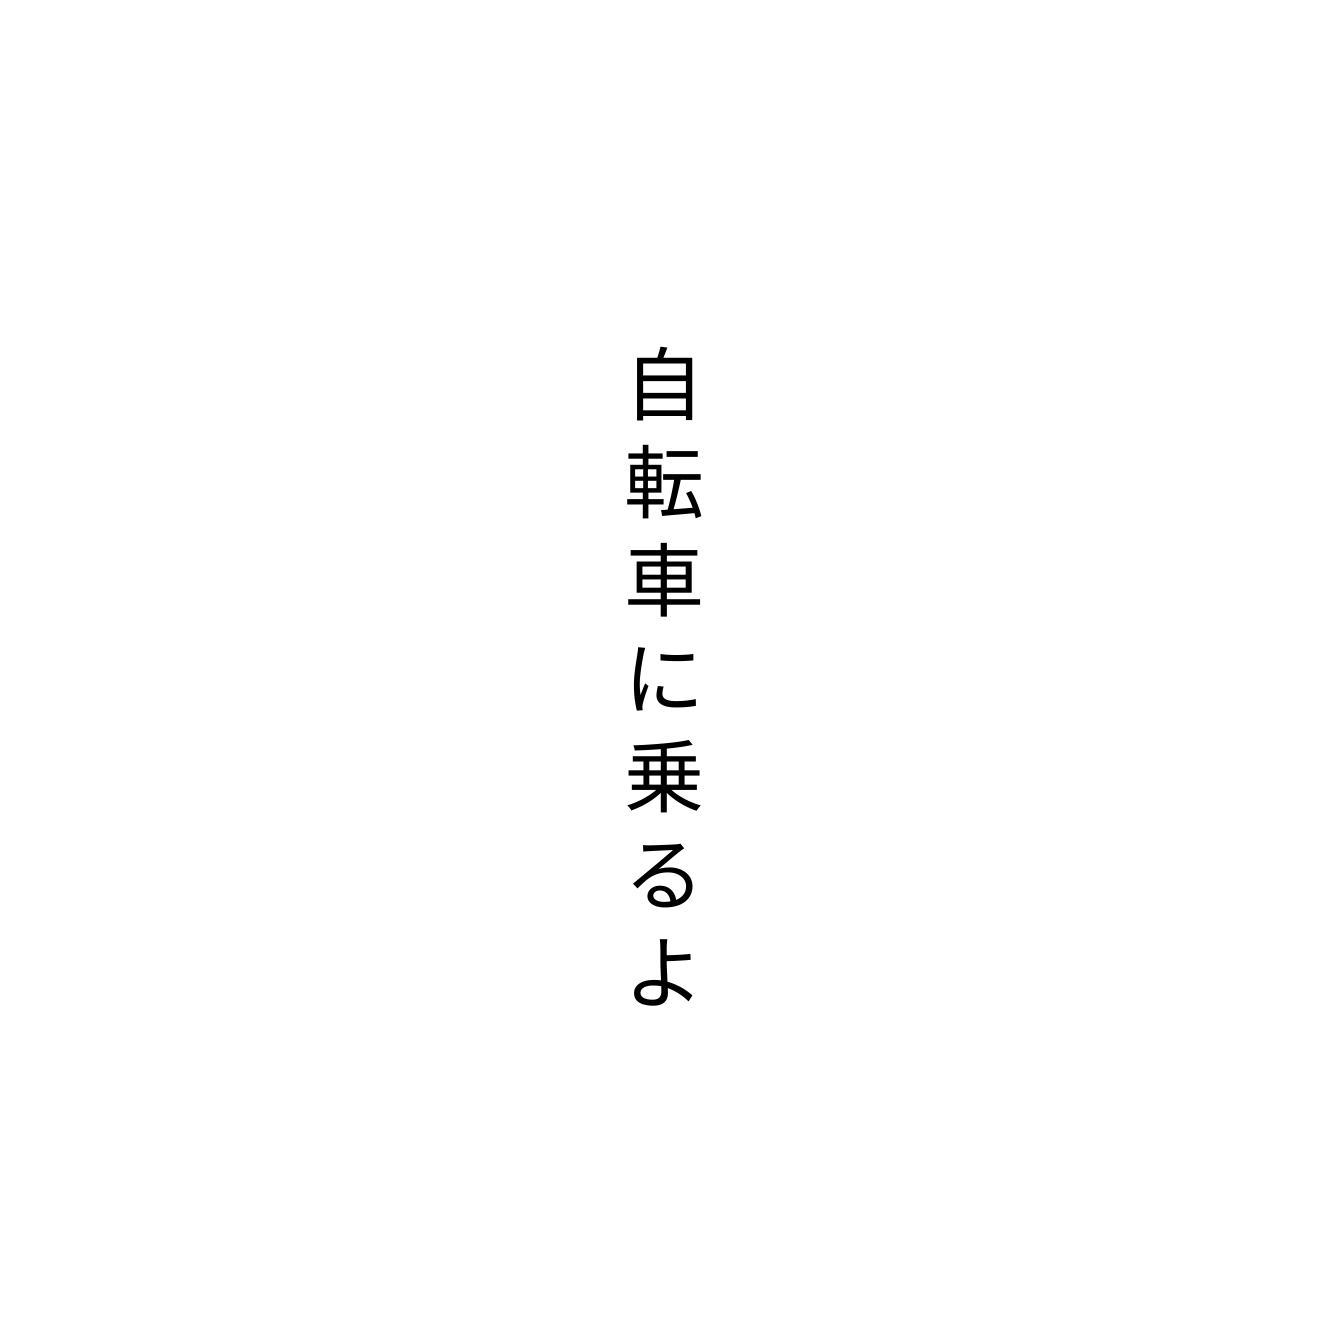
自転車に乗るよ